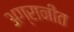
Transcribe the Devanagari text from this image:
अग्रानीत